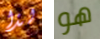
لذا هو